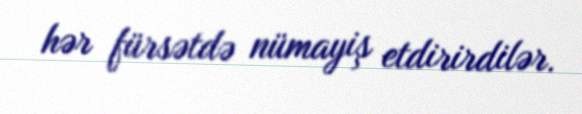
hər fürsətdə nümayiş etdirirdilər.